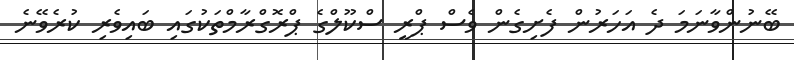
ބޭނުންވާނަމަ ދެ އަހަރުން ފެށިގެން ވެސް ޕްރީ ސްކޫލްގެ ޕްރޮގްރާމްތަކުގައި ބައިވެރި ކުރެވޭނެ